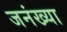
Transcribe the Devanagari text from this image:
जनंख्या